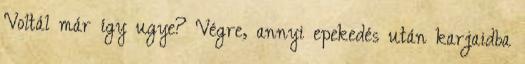
Voltál már így ugye? Végre, annyi epekedés után karjaidba